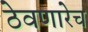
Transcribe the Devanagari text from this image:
ठेवणारेच